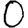
Digit: 0